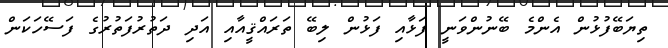
ތިޔަބޭފުޅުން އެންމެ ބޭނުންވަނީ ފަޅާއި ފަޅުން ލިބޭ ތަރައްޤީއާއި އަދި ދަތުރުފަތުރުގެ ފަސޭހަކަން